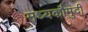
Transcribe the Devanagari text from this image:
मध्यकौमुदी